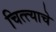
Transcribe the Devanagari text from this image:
चित्त्याचे